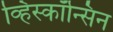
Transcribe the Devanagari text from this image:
व्हिस्कॉन्सिन